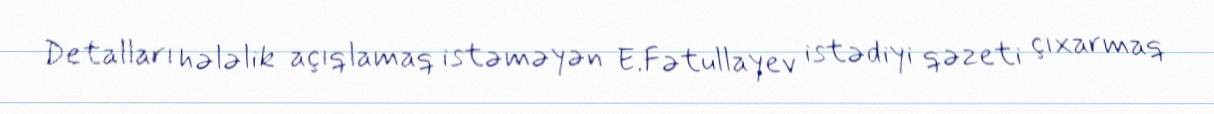
Detalları hələlik açıqlamaq istəməyən E.Fətullayev istədiyi qəzeti çıxarmaq